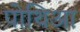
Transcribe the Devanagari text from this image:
पोथिआ